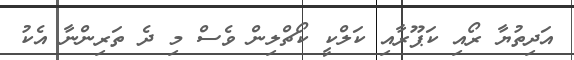
އަދިތުޔާ ރޯއި ކަޕޫރާއި ކަލްކީ ކޯޗްލިން ވެސް މި ދެ ތަރިންނާ އެކު